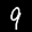
Label: 9